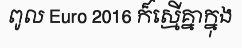
ពូល Euro 2016 ក៏ស្មើគ្នាក្នុង